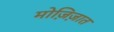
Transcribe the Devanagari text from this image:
मोज़िज़ात